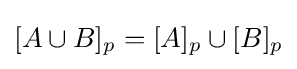
[A\cup B]_{p}=[A]_{p}\cup [B]_{p}